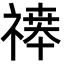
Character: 𬓒